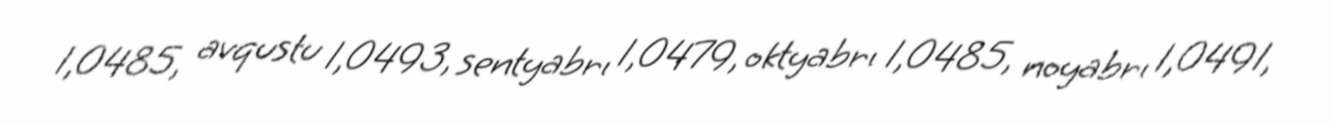
1,0485, avqustu 1,0493, sentyabrı 1,0479, oktyabrı 1,0485, noyabrı 1,0491,